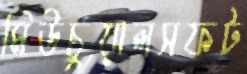
মিউচুয়ালসফট